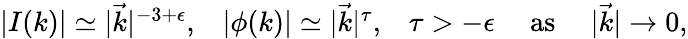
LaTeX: \begin{array}{ccccc}{{|I(k)|\simeq|\vec{k}|^{-3+\epsilon},}}&{{|\phi(k)|\simeq|\vec{k}|^{\tau},}}&{{\tau>-\epsilon}}&{{\mathrm{\ as\ }}}&{{|\vec{k}|\rightarrow 0,}}\end{array}